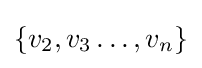
\{v_{2},v_{3}\dots ,v_{n}\}